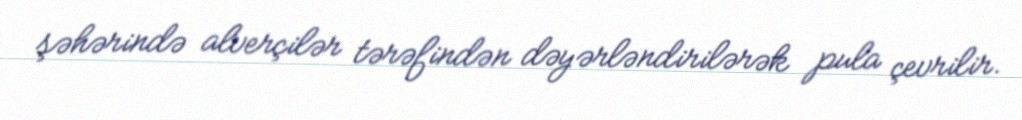
şəhərində alverçilər tərəfindən dəyərləndirilərək pula çevrilir.